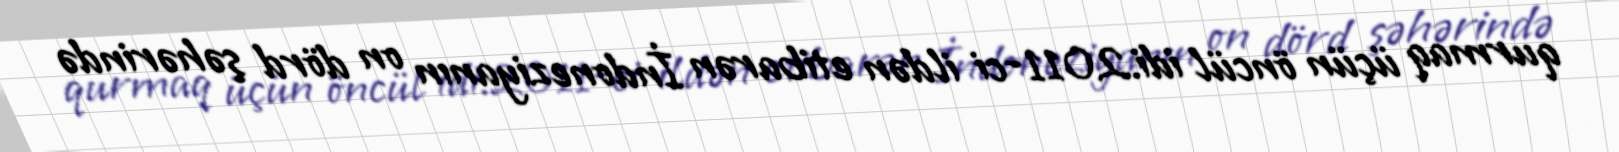
qurmaq üçün öncül idi.2011-ci ildən etibarən İndoneziyanın on dörd şəhərində